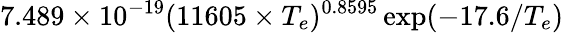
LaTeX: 7.489\times 10^{-19}(11605\times T_{e})^{0.8595}\exp({-17.6/T_{e}})